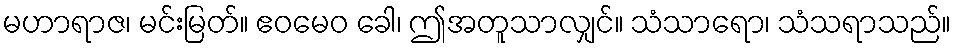
မဟာရာဇ၊ မင်းမြတ်။ ဧဝမေဝ ခေါ၊ ဤအတူသာလျှင်။ သံသာရော၊ သံသရာသည်။